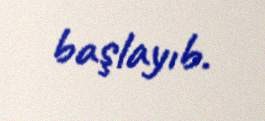
başlayıb.